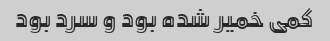
کمی خمیر شده بود و سرد بود